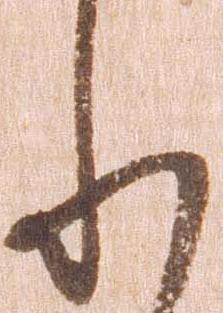
れ